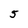
Character: 5